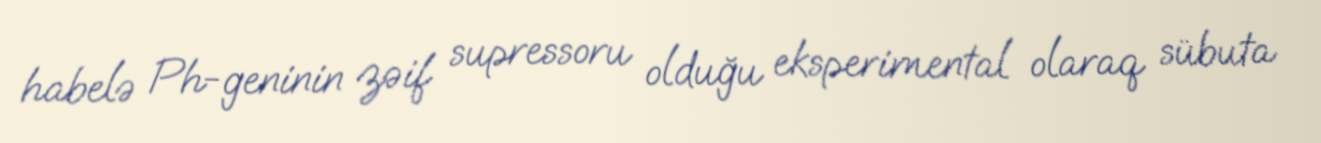
habelə Ph-geninin zəif supressoru olduğu eksperimental olaraq sübuta